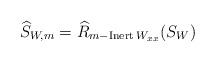
LaTeX: \begin{align*}\widehat{S}_{W,m}=\widehat{R}_{m-\operatorname*{Inert}W_{xx}}(S_{W})\end{align*}